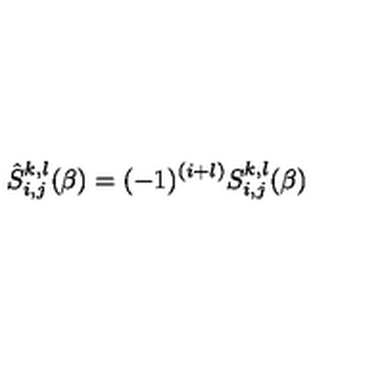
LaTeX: \hat { S } _ { i , j } ^ { k , l } ( \beta ) = ( - 1 ) ^ { ( i + l ) } S _ { i , j } ^ { k , l } ( \beta )